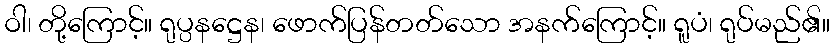
ဝါ၊ တို့ကြောင့်။ ရုပ္ပနဋ္ဌေန၊ ဖောက်ပြန်တတ်သော အနက်ကြောင့်။ ရူပံ၊ ရုပ်မည်၏။